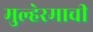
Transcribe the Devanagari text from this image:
मुल्हेरमाची